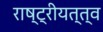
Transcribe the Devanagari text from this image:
राष्ट्रीयत्त्व